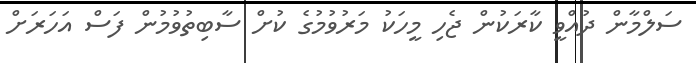
ސަލްމާން ދުއްވީ ކާރަކުން ޖެހި މީހަކު މަރުވުމުގެ ކުށް ސާބިތުވުމުން ފަސް އަހަރަށް